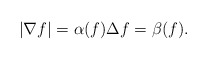
\begin{align*}|\nabla f | = \alpha(f) \Delta f= \beta(f).\end{align*}